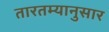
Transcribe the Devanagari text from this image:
तारतम्यानुसार